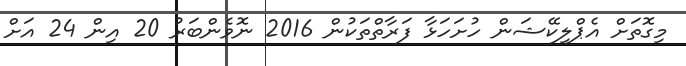
މިގޮތަށް އެޕްލިކޭޝަން ހުށަހަޅާ ފަރާތްތަކުން 2016 ނޮވެންބަރު 20 އިން 24 އަށް